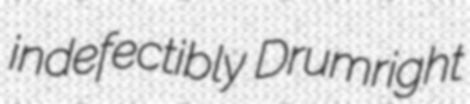
indefectibly Drumright